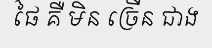
ផៃ គឺ មិន ច្រើន ជាង